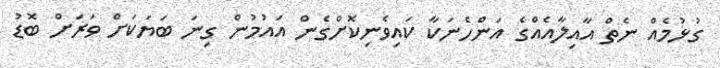
ގުޅުމެއް ނެތް އާއިލާއެއްގެ އަންހެނަކާ ކައިވެނިކޮށްގެން އައުމުން ގިނަ ބަޔަކަށް ވަރަށް ބޮޑު